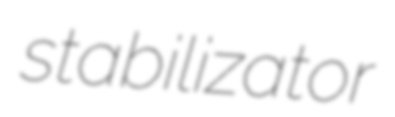
stabilizator